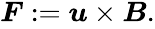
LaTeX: \begin{array}{r}{\boldsymbol{F}:=\boldsymbol{u}\times\boldsymbol{B}.}\end{array}